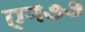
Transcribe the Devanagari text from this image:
एन७७